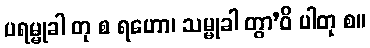
ပရမ္မုခါ တု စ ရဟော၊ သမ္မုခါ တွာ’ဝိ ပါတု စ။